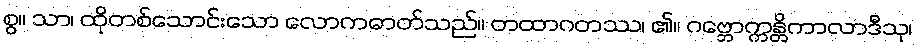
စွ။ သာ၊ ထိုတစ်သောင်းသော လောကဓာတ်သည်။ တထာဂတဿ၊ ၏။ ဂဗ္ဘောက္ကန္တိကာလာဒီသု၊